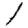
Digit: 1